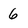
Character: 6